Report on vaccination North-West Frontier Province 1904-1922 - 1904-1922
Year: 1904
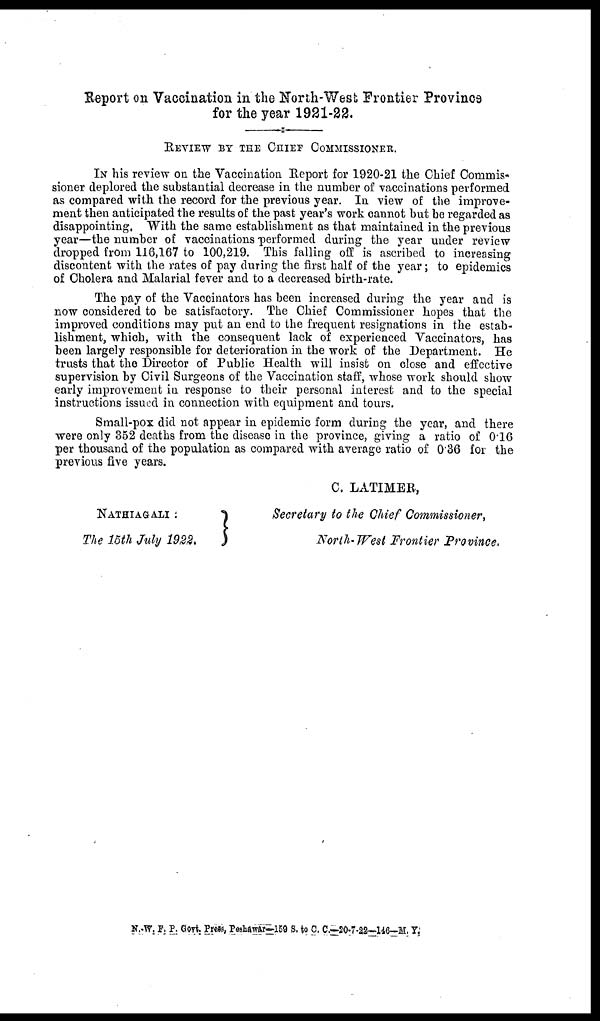
Report on Vaccination in the North-West Frontier Province
for the year 1921-22.
REVIEW BY THE CHIEF COMMISSIONER.
IN his review on the Vaccination Report for 1920-21 the Chief Commis-
sioner deplored the substantial decrease in the number of vaccinations performed
as compared with the record for the previous year. In view of the improve-
ment then anticipated the results of the past year's work cannot but be regarded as
disappointing. With the same establishment as that maintained in the previous
year—the number of vaccinations performed during the year under review
dropped from 116,167 to 100,219. This falling off is ascribed to increasing
discontent with the rates of pay during the first half of the year; to epidemics
of Cholera and Malarial fever and to a decreased birth-rate.
The pay of the Vaccinators has been increased during the year and is
now considered to be satisfactory. The Chief Commissioner hopes that the
improved conditions may put an end to the frequent resignations in the estab-
lishment, which, with the consequent lack of experienced Vaccinators, has
been largely responsible for deterioration in the work of the Department. He
trusts that the Director of Public Health will insist on close and effective
supervision by Civil Surgeons of the Vaccination staff, whose work should show
early improvement in response to their personal interest and to the special
instructions issued in connection with equipment and tours.
Small-pox did not appear in epidemic form during the year, and there
were only 352 deaths from the disease in the province, giving a ratio of 0.16
per thousand of the population as compared with average ratio of 0.36 for the
previous five years.
C. LATIMER,
NATHIAGALI :
The 15th July 1922.
Secretary to the Chief Commissioner,
North-West Frontier Province.
N .-W. F. P. Govt. Press, Peshawar—159 S. to C. C.—20-7-22—146—M. Y.